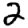
Digit: 2